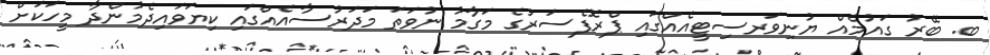
ބ. ބޭރު ގައުމެއް ޔުނިވަރސިޓީއެއްގައި ޕްރޮފެސަރުގެ މަގާމު ނުވަތަ މަދަރުސާއެއްގައި ކިޔަވައިދެމުންދާ މީހަކަށް